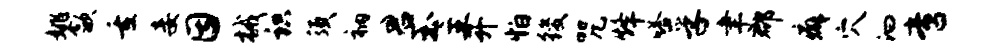
姚歙重妾因械识须衲君玉主开怕後咒烽嗒孚聿郡癖穴汩啻